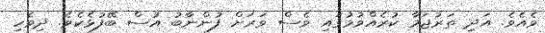
ވެއެވެ. އަދި ތަރުޖަމާ ކުރެއްވުމުގައި ވެސް ވަރަށް ފުންނާބު އުސް ބޭފުޅެކެވެ. ދިވެހި